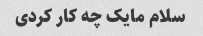
سلام مایک چه کار کردی